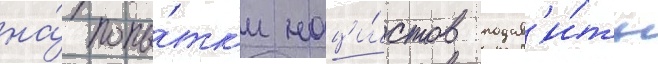
на́ попы́тк'и наци́стов подав'и́ть